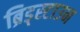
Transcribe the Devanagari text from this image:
ब्रिड्स्टाउन